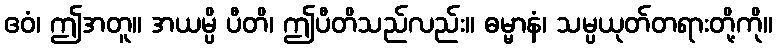
ဧဝံ၊ ဤအတူ။ အယမ္ပိ ပီတိ၊ ဤပီတိသည်လည်း။ ဓမ္မာနံ၊ သမ္ပယုတ်တရားတို့ကို။